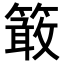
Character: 𥴊